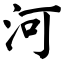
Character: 河